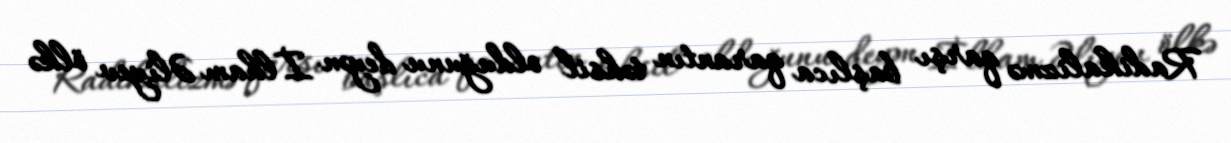
Radikalizmə qarşı başlıca qarantın təhsil olduğunu deyən İlham Əliyev ölkə